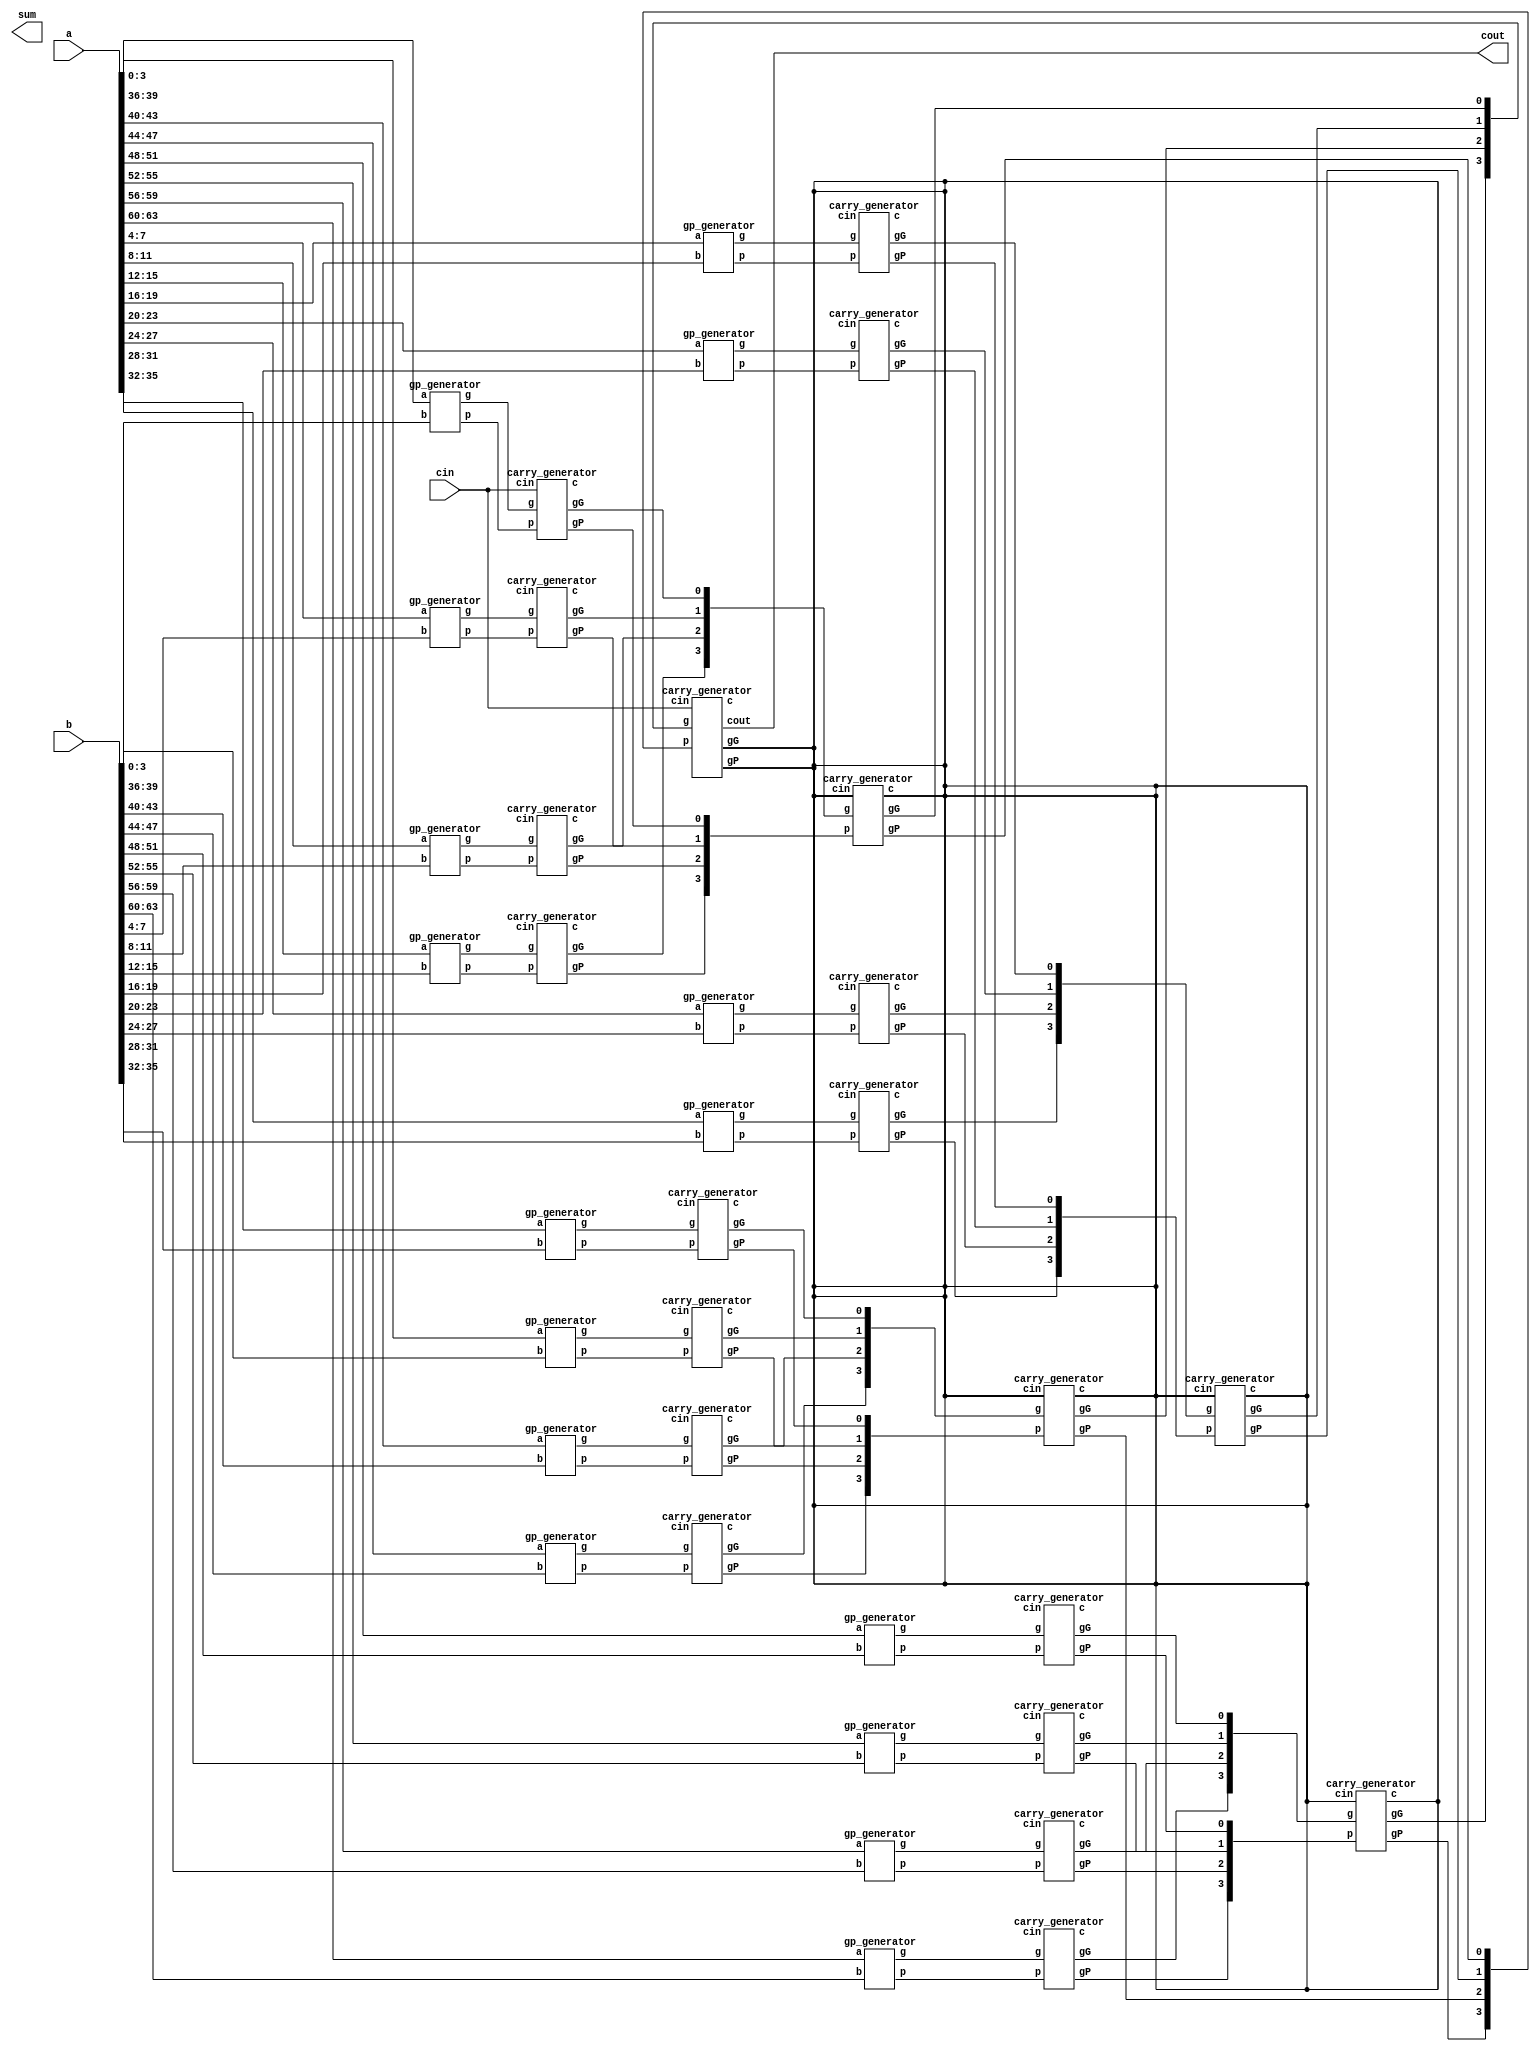
module cla_64bit( a, b, cin, sum, cout);

	input [63:0] a, b;
	input cin;
	output [63:0] sum;
	output cout;


	wire [15:0] c_4_8_12;

    wire [63:0] p, g, s;
    wire [63:0] c;
	wire [4:0] c16;
	wire [15:0] gG ,gP;
	wire [3:0] g_G_16, g_P_16;
	//write your design below

    gp_generator cla4_pg1(.a(a[3:0]), .b(b[3:0]), .p(p[3:0]), .g(g[3:0]));
	gp_generator cla4_pg2(.a(a[7:4]), .b(b[7:4]), .p(p[7:4]), .g(g[7:4]));
	gp_generator cla4_pg3(.a(a[11:8]), .b(b[11:8]), .p(p[11:8]), .g(g[11:8]));
	gp_generator cla4_pg4(.a(a[15:12]), .b(b[15:12]), .p(p[15:12]), .g(g[15:12]));

    gp_generator cla4_pg5(.a(a[19:16]), .b(b[19:16]), .p(p[19:16]), .g(g[19:16]));
	gp_generator cla4_pg6(.a(a[23:20]), .b(b[23:20]), .p(p[23:20]), .g(g[23:20]));
	gp_generator cla4_pg7(.a(a[27:24]), .b(b[27:24]), .p(p[27:24]), .g(g[27:24]));
	gp_generator cla4_pg8(.a(a[31:28]), .b(b[31:28]), .p(p[31:28]), .g(g[31:28]));

    gp_generator cla4_pg9(.a(a[35:32]), .b(b[35:32]), .p(p[35:32]), .g(g[35:32]));
	gp_generator cla4_pg10(.a(a[39:36]), .b(b[39:36]), .p(p[39:36]), .g(g[39:36]));
	gp_generator cla4_pg11(.a(a[43:40]), .b(b[43:40]), .p(p[43:40]), .g(g[43:40]));
	gp_generator cla4_pg12(.a(a[47:44]), .b(b[47:44]), .p(p[47:44]), .g(g[47:44]));

    gp_generator cla4_pg13(.a(a[51:48]), .b(b[51:48]), .p(p[51:48]), .g(g[51:48]));
	gp_generator cla4_pg14(.a(a[55:52]), .b(b[55:52]), .p(p[55:52]), .g(g[55:52]));
	gp_generator cla4_pg15(.a(a[59:56]), .b(b[59:56]), .p(p[59:56]), .g(g[59:56]));
	gp_generator cla4_pg16(.a(a[63:60]), .b(b[63:60]), .p(p[63:60]), .g(g[63:60]));

	carry_generator carry_gen_1(.p(p[3:0]) , .g(g[3:0]) , .cin(cin) , .c(c[3:0]) , .gG(gG[0]), .gP(gP[0]));
	carry_generator carry_gen_2(.p(p[7:4]) , .g(g[7:4]) , .cin(c_4_8_12[1]) , .c(c[7:4]) , .gG(gG[1]), .gP(gP[1]));
	carry_generator carry_gen_3(.p(p[11:8]) , .g(g[11:8]) , .cin(c_4_8_12[2]) , .c(c[11:8]) , .gG(gG[2]), .gP(gP[2]));
	carry_generator carry_gen_4(.p(p[15:12]) , .g(g[15:12]) , .cin(c_4_8_12[3]) , .c(c[15:12]) , .gG(gG[3]), .gP(gP[3]));

    carry_generator carry_gen_5(.p(p[19:16]), .g(g[19:16]) , .cin(c_4_8_12[4]) , .c(c[19:16]) , .gG(gG[4]), .gP(gP[4]));
	carry_generator carry_gen_6(.p(p[23:20]), .g(g[23:20]) , .cin(c_4_8_12[5]) , .c(c[23:20]) , .gG(gG[5]), .gP(gP[5]));
	carry_generator carry_gen_7(.p(p[27:24]), .g(g[27:24]) , .cin(c_4_8_12[6]) , .c(c[27:24]) , .gG(gG[6]), .gP(gP[6]));
	carry_generator carry_gen_8(.p(p[31:28]), .g(g[31:28]) , .cin(c_4_8_12[7]) , .c(c[31:28]) , .gG(gG[7]), .gP(gP[7]));

    carry_generator carry_gen_9(.p(p[35:32]), .g(g[35:32])  , .cin(c_4_8_12[8]) , .c(c[35:32]) , .gG(gG[8]), .gP(gP[8]));
    carry_generator carry_gen_10(.p(p[39:36]), .g(g[39:36]) , .cin(c_4_8_12[9]) , .c(c[39:36]) , .gG(gG[9]), .gP(gP[9]));
    carry_generator carry_gen_11(.p(p[43:40]), .g(g[43:40]) , .cin(c_4_8_12[10]) , .c(c[43:40]) , .gG(gG[10]), .gP(gP[10]));
    carry_generator carry_gen_12(.p(p[47:44]), .g(g[47:44]) , .cin(c_4_8_12[11]) , .c(c[47:44]) , .gG(gG[11]), .gP(gP[11]));

    carry_generator carry_gen_13(.p(p[51:48]), .g(g[51:48]) , .cin(c_4_8_12[12]) , .c(c[51:48]) , .gG(gG[12]), .gP(gP[12]));
    carry_generator carry_gen_14(.p(p[55:52]), .g(g[55:52]) , .cin(c_4_8_12[13]) , .c(c[55:52]) , .gG(gG[13]), .gP(gP[13]));
    carry_generator carry_gen_15(.p(p[59:56]), .g(g[59:56]) , .cin(c_4_8_12[14]) , .c(c[59:56]) , .gG(gG[14]), .gP(gP[14]));
    carry_generator carry_gen_16(.p(p[63:60]), .g(g[63:60]) , .cin(c_4_8_12[15]) , .c(c[63:60]) , .gG(gG[15]), .gP(gP[15]));

    carry_generator carry_gen_17(gP[3:0] , gG[3:0]     ,  , , g_G_16[0], g_P_16[0], );
    carry_generator carry_gen_18(gP[7:4] , gG[7:4]     ,  , , g_G_16[1], g_P_16[1], );
    carry_generator carry_gen_19(gP[11:8] , gG[11:8]   ,  , , g_G_16[2], g_P_16[2], );
    carry_generator carry_gen_20(gP[15:12] , gG[15:12] ,  , , g_G_16[3], g_P_16[3], );

    carry_generator carry_gen_21(g_P_16[3:0] , g_G_16[3:0] , cin , c16[3:0] , , , cout);

    carry_generator carry_gen_22(gP[3:0]   , gG[3:0]   , c16[0] , c[3:0]  , , ,  );
    carry_generator carry_gen_23(gP[7:4]   , gG[7:4]   , c16[1] , c[7:4]  , , , );
    carry_generator carry_gen_24(gP[11:8]  , gG[11:8]  , c16[2] , c[11:8] , , , );
    carry_generator carry_gen_25(gP[15:12] , gG[15:12] , c16[3] , c[15:12], , , );


    /*
	sum_generator cla4_sum1(a[3:0], b[3:0], c[3:0], s[3:0]);
	sum_generator cla4_sum2(a[7:4], b[7:4], c[7:4], s[7:4]);
	sum_generator cla4_sum3(a[11:8], b[11:8], c[11:8], s[11:8]);
	sum_generator cla4_sum4(a[15:12], b[15:12], c[15:12], s[15:12]);

    sum_generator cla4_sum5(a[19:16], b[19:16], c[19:16], s[19:16]);
    sum_generator cla4_sum6(a[23:20], b[23:20], c[23:20], s[23:20]);
    sum_generator cla4_sum7(a[27:24], b[27:24], c[27:24], s[27:24]);
    sum_generator cla4_sum8(a[31:28], b[31:28], c[31:28], s[31:28]);

    sum_generator cla4_sum9(a[35:32], b[35:32], c[35:32], s[35:32]);
    sum_generator cla4_sum10(a[39:36], b[39:36], c[39:36], s[39:36]);
    sum_generator cla4_sum11(a[43:40], b[43:40], c[43:40], s[43:40]);
    sum_generator cla4_sum12(a[47:44], b[47:44], c[47:44], s[47:44]);

    sum_generator cla4_sum13(a[51:48], b[51:48], c[51:48], s[51:48]);
    sum_generator cla4_sum14(a[55:52], b[55:52], c[55:52], s[55:52]);
    sum_generator cla4_sum15(a[59:56], b[59:56], c[59:56], s[59:56]);
    sum_generator cla4_sum16(a[63:60], b[63:60], c[63:60], s[63:60]);
    */

endmodule

//pg
module gp_generator(a, b, p, g );
     input [3:0] a,b;
	 output [3:0] p,g;

	 assign g[0] = a[0] & b[0];
	 assign p[0] = a[0] | b[0];

	 assign g[1] = a[1] & b[1];
	 assign p[1] = a[1] | b[1];

	 assign g[2] = a[2] & b[2];
	 assign p[2] = a[2] | b[2];

	 assign g[3] = a[3] & b[3];
	 assign p[3] = a[3] | b[3];

endmodule

//carry in  GP
module carry_generator( p , g , cin , c ,gG ,gP ,cout);

	input [3:0] p, g;
	input cin;
	output [3:0] c;
	output gG, gP;
	output cout;

	assign gG = g[3] | (p[3] & g[2]) | (p[3] & p[2] & g[1]) | (p[3] & p[2] & p[1] & g[0]);//G[3:0]
	assign gP = p[3] & p[2] & p[1] & p[0];//P[3:0]

	assign c[0] = cin;
	assign c[1] = g[0] | (p[0] & cin);
	assign c[2] = g[1] | (p[1] & g[0]) | (p[1] & p[0] & cin);
	assign c[3] = g[2] | (p[2] & g[1]) | (p[2] & p[1] & g[0]) | (p[2] & p[1] & p[0] & cin);
	assign cout = g[3] | (p[3] & g[2]) | (p[3] & p[2] & g[1]) | (p[3] & p[2] & p[1] & g[0]) | (p[3] & p[2] & p[1] & p[0] & cin);

endmodule

//
module sum_generator(a, b, c, s );

     input [3:0] a,b,c;
	 output [3:0] s;

	 assign s[0] = a[0] ^ b[0] ^ c[0];
	 assign s[1] = a[1] ^ b[1] ^ c[1];
	 assign s[2] = a[2] ^ b[2] ^ c[2];
	 assign s[3] = a[3] ^ b[3] ^ c[3];

endmodule